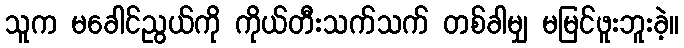
သူက မခေါင်ညွယ်ကို ကိုယ်တီးသက်သက် တစ်ခါမျှ မမြင်ဖူးဘူးခဲ့။